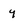
Character: y